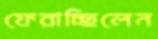
ফেরাচ্ছিলেন